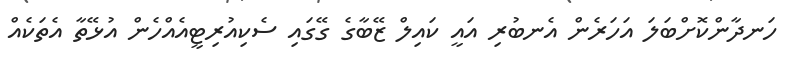
ހަނދާންކޮށްބަލަ އަހަރެން އެނބުރި އައީ ކައިލް ޒޭބާގެ ގޭގައި ސެކިއުރިޓީއެއްހެން އުޅޭތާ އެތަކެއް